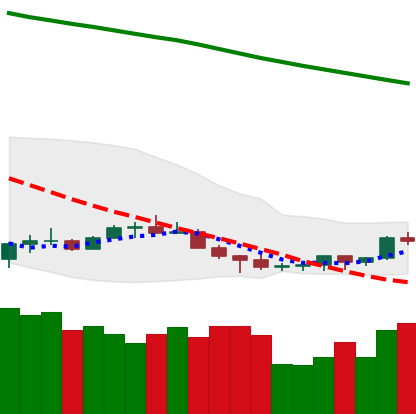
Ticker: NEO-USD
Chart end date: 2022-07-08
Forward return: -6.733%
Label: down_5_7